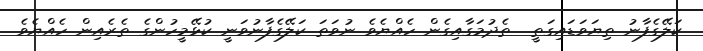
ކަލޭގެފާނު ތިޔަވަޑައިގަތީ  ތެދުމަގާއިގެން ހެއްޔެވެ ނުވަތަ ކަލޭގެފާނުވަނީ ކުޅޭމީހުންގެ ތެރެއިން ހެއްޔެވެ